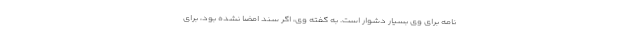
نامه برای وی بسیار دشوار است. به گفته وی، اگر سند امضا نشده بود، برای